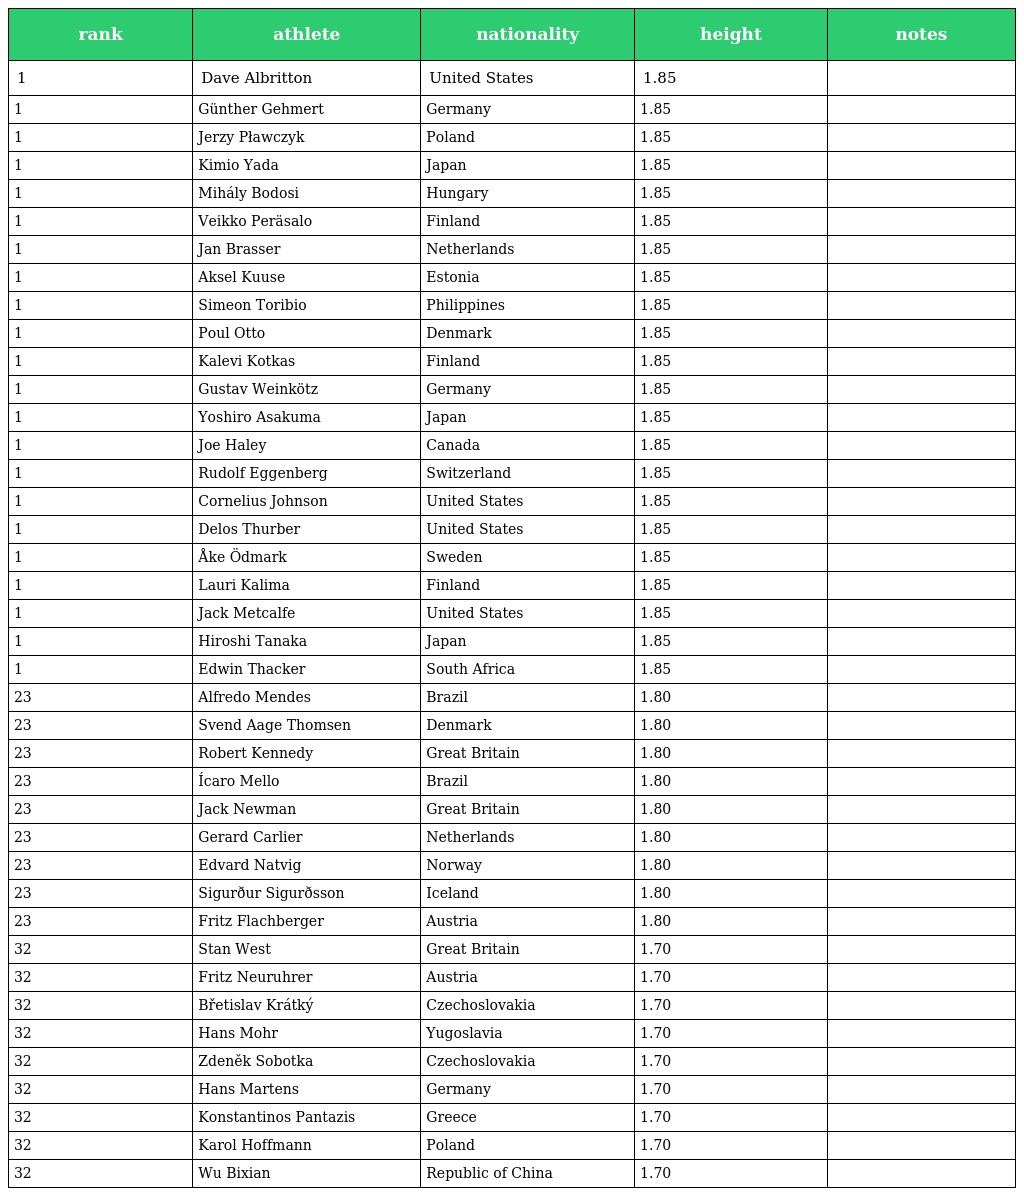
| rank | athlete | nationality | height | notes |
 | --- | --- | --- | --- | --- |
 | 1 | Dave Albritton | United States | 1.85 |  |
 | 1 | Günther Gehmert | Germany | 1.85 |  |
 | 1 | Jerzy Pławczyk | Poland | 1.85 |  |
 | 1 | Kimio Yada | Japan | 1.85 |  |
 | 1 | Mihály Bodosi | Hungary | 1.85 |  |
 | 1 | Veikko Peräsalo | Finland | 1.85 |  |
 | 1 | Jan Brasser | Netherlands | 1.85 |  |
 | 1 | Aksel Kuuse | Estonia | 1.85 |  |
 | 1 | Simeon Toribio | Philippines | 1.85 |  |
 | 1 | Poul Otto | Denmark | 1.85 |  |
 | 1 | Kalevi Kotkas | Finland | 1.85 |  |
 | 1 | Gustav Weinkötz | Germany | 1.85 |  |
 | 1 | Yoshiro Asakuma | Japan | 1.85 |  |
 | 1 | Joe Haley | Canada | 1.85 |  |
 | 1 | Rudolf Eggenberg | Switzerland | 1.85 |  |
 | 1 | Cornelius Johnson | United States | 1.85 |  |
 | 1 | Delos Thurber | United States | 1.85 |  |
 | 1 | Åke Ödmark | Sweden | 1.85 |  |
 | 1 | Lauri Kalima | Finland | 1.85 |  |
 | 1 | Jack Metcalfe | United States | 1.85 |  |
 | 1 | Hiroshi Tanaka | Japan | 1.85 |  |
 | 1 | Edwin Thacker | South Africa | 1.85 |  |
 | 23 | Alfredo Mendes | Brazil | 1.80 |  |
 | 23 | Svend Aage Thomsen | Denmark | 1.80 |  |
 | 23 | Robert Kennedy | Great Britain | 1.80 |  |
 | 23 | Ícaro Mello | Brazil | 1.80 |  |
 | 23 | Jack Newman | Great Britain | 1.80 |  |
 | 23 | Gerard Carlier | Netherlands | 1.80 |  |
 | 23 | Edvard Natvig | Norway | 1.80 |  |
 | 23 | Sigurður Sigurðsson | Iceland | 1.80 |  |
 | 23 | Fritz Flachberger | Austria | 1.80 |  |
 | 32 | Stan West | Great Britain | 1.70 |  |
 | 32 | Fritz Neuruhrer | Austria | 1.70 |  |
 | 32 | Břetislav Krátký | Czechoslovakia | 1.70 |  |
 | 32 | Hans Mohr | Yugoslavia | 1.70 |  |
 | 32 | Zdeněk Sobotka | Czechoslovakia | 1.70 |  |
 | 32 | Hans Martens | Germany | 1.70 |  |
 | 32 | Konstantinos Pantazis | Greece | 1.70 |  |
 | 32 | Karol Hoffmann | Poland | 1.70 |  |
 | 32 | Wu Bixian | Republic of China | 1.70 |  |